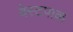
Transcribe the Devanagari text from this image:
वेस्टपाक